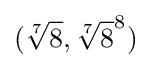
({\sqrt[{7}]{8}},{\sqrt[{7}]{8}}^{8})